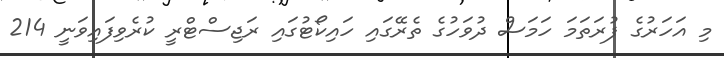
މި އަހަރުގެ ފުރަތަމަ ހަމަސް ދުވަހުގެ ތެރޭގައި ހައިކޯޓުގައި ރަޖިސްޓްރީ ކުރެވިފައިވަނީ 214